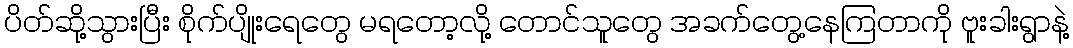
ပိတ်ဆို့သွားပြီး စိုက်ပျိုးရေတွေ မရတော့လို့ တောင်သူတွေ အခက်တွေ့နေကြတာကို ဗူးခါးရွာနဲ့